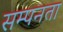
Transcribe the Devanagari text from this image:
सम्पनता